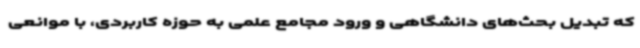
که تبدیل بحث‌های دانشگاهی و ورود مجامع علمی به حوزه کاربردی، با موانعی